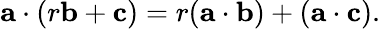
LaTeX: \mathbf{a}\cdot(r\mathbf{b}+\mathbf{c})=r(\mathbf{a}\cdot\mathbf{b})+(\mathbf{a}\cdot\mathbf{c}).